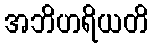
အဘိဟရိယတိ